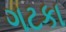
ગટકા